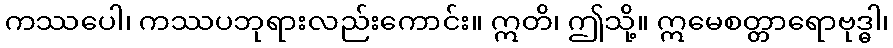
ကဿပေါ၊ ကဿပဘုရားလည်းကောင်း။ ဣတိ၊ ဤသို့။ ဣမေစတ္တာရောဗုဒ္ဓါ၊